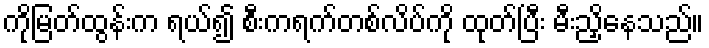
ကိုမြတ်ထွန်းက ရယ်၍ စီးကရက်တစ်လိပ်ကို ထုတ်ပြီး မီးညှိနေသည်။